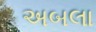
અબલા